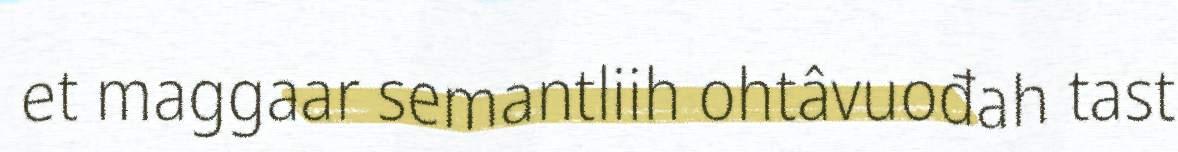
et maggaar semantliih ohtâvuođah tast